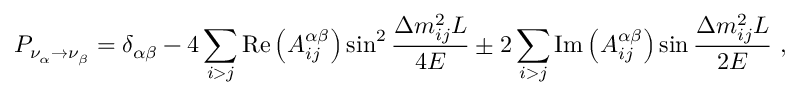
P _ { \nu _ { \alpha } \rightarrow \nu _ { \beta } } = \delta _ { \alpha \beta } - 4 \sum _ { i > j } \mathrm { R e } \left( A _ { i j } ^ { \alpha \beta } \right) \sin ^ { 2 } \frac { \Delta m _ { i j } ^ { 2 } L } { 4 E } \pm 2 \sum _ { i > j } \mathrm { I m } \left( A _ { i j } ^ { \alpha \beta } \right) \sin \frac { \Delta m _ { i j } ^ { 2 } L } { 2 E } \ ,